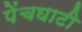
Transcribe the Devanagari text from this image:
पेंचघाटी